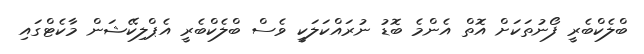
ބްލެކްބެރީ ފޯނުތަކަށް އޮތް އެންމެ ބޮޑު ނުރައްކަލަކީ ވެސް ބްލެކްބެރީ އެޕްލިކޭޝަން މާކެޓްގައި